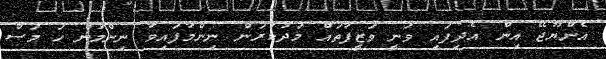
އެންޔޫޖޭ އިން އެދިފައި ވަނީ ވަޒީފާތައް މަދުކުރަން ނިންމާފައިވާ ނިންމުން ހަ މަސް